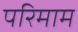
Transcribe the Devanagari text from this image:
परिमाम